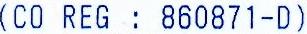
(CO REG : 860871-D)